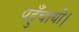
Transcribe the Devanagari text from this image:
पहुँचायी।